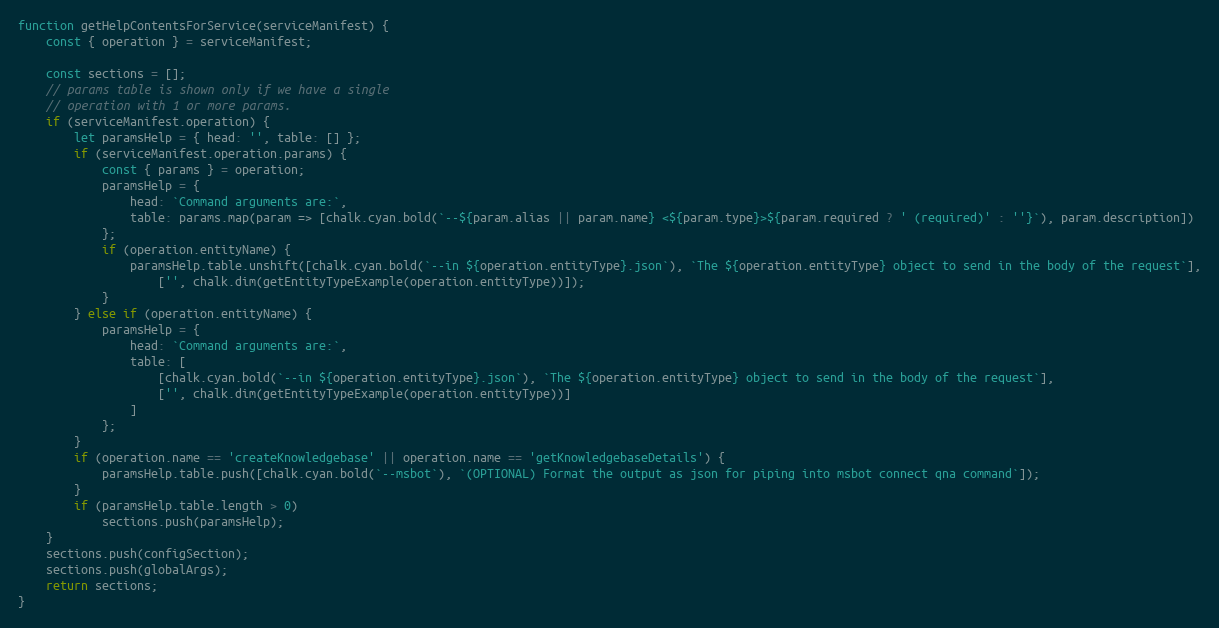
Language: JavaScript
function getHelpContentsForService(serviceManifest) {
    const { operation } = serviceManifest;

    const sections = [];
    // params table is shown only if we have a single
    // operation with 1 or more params.
    if (serviceManifest.operation) {
        let paramsHelp = { head: '', table: [] };
        if (serviceManifest.operation.params) {
            const { params } = operation;
            paramsHelp = {
                head: `Command arguments are:`,
                table: params.map(param => [chalk.cyan.bold(`--${param.alias || param.name} <${param.type}>${param.required ? ' (required)' : ''}`), param.description])
            };
            if (operation.entityName) {
                paramsHelp.table.unshift([chalk.cyan.bold(`--in ${operation.entityType}.json`), `The ${operation.entityType} object to send in the body of the request`],
                    ['', chalk.dim(getEntityTypeExample(operation.entityType))]);
            }
        } else if (operation.entityName) {
            paramsHelp = {
                head: `Command arguments are:`,
                table: [
                    [chalk.cyan.bold(`--in ${operation.entityType}.json`), `The ${operation.entityType} object to send in the body of the request`],
                    ['', chalk.dim(getEntityTypeExample(operation.entityType))]
                ]
            };
        }
        if (operation.name == 'createKnowledgebase' || operation.name == 'getKnowledgebaseDetails') {
            paramsHelp.table.push([chalk.cyan.bold(`--msbot`), `(OPTIONAL) Format the output as json for piping into msbot connect qna command`]);
        }
        if (paramsHelp.table.length > 0)
            sections.push(paramsHelp);
    }
    sections.push(configSection);
    sections.push(globalArgs);
    return sections;
}